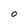
Character: O